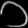
Digit: ၁